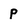
Character: p